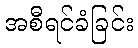
အစီရင်ခံခြင်း